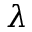
\lambda